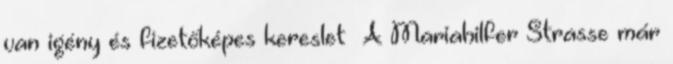
van igény és fizetőképes kereslet A Mariahilfer Strasse már